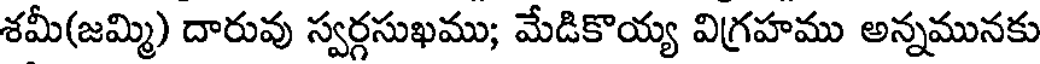
శమీ(జమ్మి) దారువు స్వర్గసుఖము; మేడికొయ్య విగ్రహము అన్నమునకు